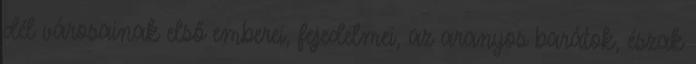
dél városainak első emberei, fejedelmei, az aranyos barátok, észak